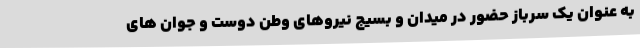
به عنوان یک سرباز حضور در میدان و بسیج نیروهای وطن دوست و جوان های